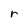
Character: r